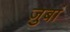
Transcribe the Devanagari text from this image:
ज़ुबां